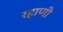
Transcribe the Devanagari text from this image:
रहाणी